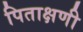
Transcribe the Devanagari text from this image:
पिताक्षणी